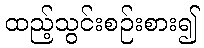
ထည့်သွင်းစဉ်းစား၍